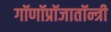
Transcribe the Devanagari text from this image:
गॉणॉप्रॉजातॉन्त्री